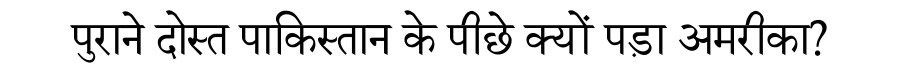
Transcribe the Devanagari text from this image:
पुराने दोस्त पाकिस्तान के पीछे क्यों पड़ा अमरीका?